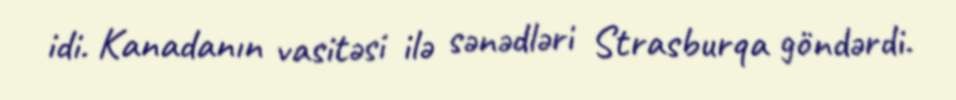
idi. Kanadanın vasitəsi ilə sənədləri Strasburqa göndərdi.